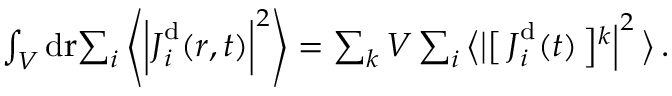
\begin{array} { r l } & { \int _ { V } \mathrm { d } \mathbf { { \boldsymbol { r } } } { \sum _ { i } \left\langle \left\vert { { \boldsymbol { J } } } _ { i } ^ { \mathrm { d } } ( { \boldsymbol { r } } , t ) \right\vert ^ { 2 } \right\rangle } = \sum _ { k } V \sum _ { i } \left\langle \big \vert \right[ \boldsymbol { J } _ { i } ^ { \mathrm { d } } ( t ) \left] ^ { k } \right\vert ^ { 2 } \big \rangle \, . } \end{array}